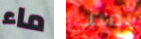
ماء يميني